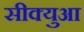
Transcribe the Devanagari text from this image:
सीक्युआ